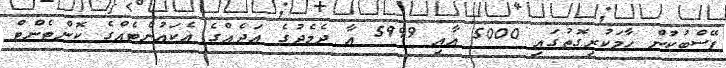
ފޭސްބުކުން ހާމަކުރިގޮތުގައި 5000 އާއި 5999 އާ ދެމެދުގެ ޢަދެއްގެ އެކައުންޓެއްގެ ކޮންޓެންޓް